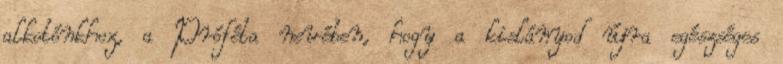
alkotónkhoz, a Próféta nevében, hogy a kislányod újra egészséges